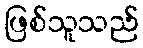
ဖြစ်သူသည်